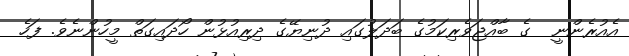
އެއުރެންނީ  ގެ ބާއްޖަވެރިކަމުގެ ބަދަލުގައި ދުނިޔޭގެ ދިރިއުޅުން ހޯދައިގަތް މީހުންނެވެ. ފަހެ